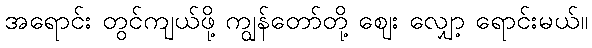
အရောင်း တွင်ကျယ်ဖို့ ကျွန်တော်တို့ ဈေး လျှော့ ရောင်းမယ်။